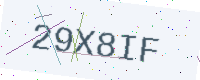
Text: 29X8IF